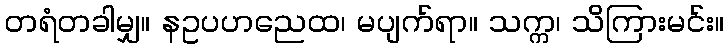
တရံတခါမျှ။ နဥပဟညေထ၊ မပျက်ရာ။ သက္က၊ သိကြားမင်း။